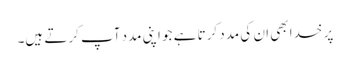
پر خدا بھی ان کی مدد کرتا ہے جو اپنی مدد آپ کرتے ہیں۔